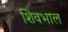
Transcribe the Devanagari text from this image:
शिवभाल